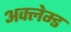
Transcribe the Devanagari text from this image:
अक्लेम्ड